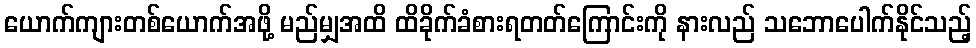
ယောက်ကျားတစ်ယောက်အဖို့ မည်မျှအထိ ထိခိုက်ခံစားရတတ်ကြောင်းကို နားလည် သဘောပေါက်နိုင်သည့်